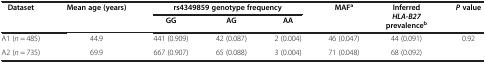
<table><thead><tr><td rowspan="2"><b>Dataset</b></td><td rowspan="2"><b>Mean age (years)</b></td><td colspan="3"><b>rs4349859 genotype frequency</b></td><td rowspan="2"><b>MAF<sup>a</sup></b></td><td rowspan="2"><b>Inferred <i>HLA-B27 </i>prevalence<sup>b</sup></b></td><td rowspan="2"><b><i>P </i>value</b></td></tr><tr><td><b>GG</b></td><td><b>AG</b></td><td><b>AA</b></td></tr></thead><tbody><tr><td>A1 (<i>n</i> = 485)</td><td>44.9</td><td>441 (0.909)</td><td>42 (0.087)</td><td>2 (0.004)</td><td>46 (0.047)</td><td>44 (0.091)</td><td>0.92</td></tr><tr><td>A2 (<i>n</i> = 735)</td><td>69.9</td><td>667 (0.907)</td><td>65 (0.088)</td><td>3 (0.004)</td><td>71 (0.048)</td><td>68 (0.092)</td><td> </td></tr></tbody></table>